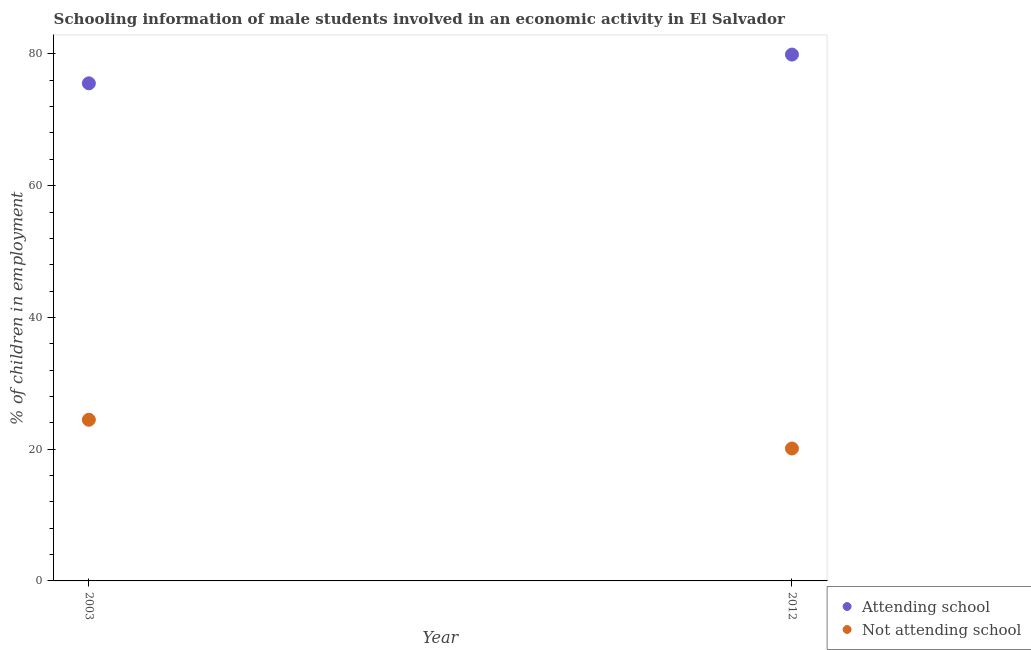
| Year | Attending school | Not attending school |
 | --- | --- | --- |
 | 2003 | 75.5 | 24.5 |
 | 2012 | 79.9 | 20.1 |